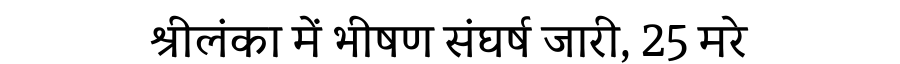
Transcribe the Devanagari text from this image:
श्रीलंका में भीषण संघर्ष जारी, 25 मरे